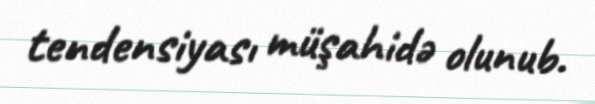
tendensiyası müşahidə olunub.